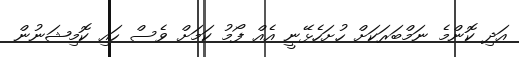
އަދި ކޮންމެ ނަމްބަރަކަށް ހުށަހެޅޭނީ އެއް ފޯމު ކަމަށް ވެސް ހައި ކޮމިޝަނުން